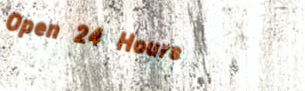
Open 24 Hours